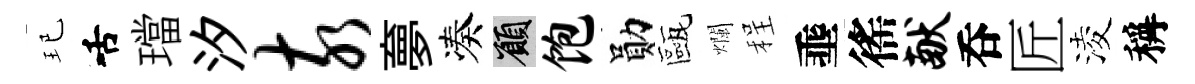
玘舌璫汐亥夣凑願饱勛甌爛程埀徭献呑匠淩稱